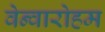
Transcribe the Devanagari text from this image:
वेन्वारोहम